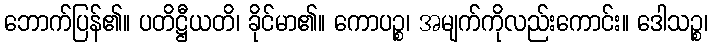
ဘောက်ပြန်၏။ ပတိဋ္ဌီယတိ၊ ခိုင်မာ၏။ ကောပဉ္စ၊ အမျက်ကိုလည်းကောင်း။ ဒေါသဉ္စ၊